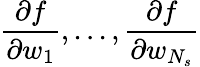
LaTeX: \frac{\partial f}{\partial w_{1}},...,\frac{\partial f}{\partial w_{N_{s}}}